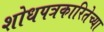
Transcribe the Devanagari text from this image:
शोधपत्रकारितेच्या